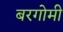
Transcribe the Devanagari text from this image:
बरगोमी